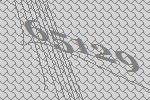
65129